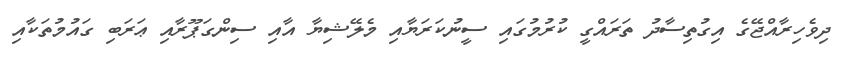
ދިވެހިރާއްޖޭގެ އިގުތިސާދު ތަރައްގީ ކުރުމުގައި ސީނުކަރަޔާއި މެލޭޝިޔާ އާއި ސިންގަޕޫރާއި ޢަރަބި ގައުމުތަކާއި